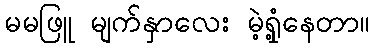
မမဖြူ မျက်နှာလေး မဲ့ရှုံ့နေတာ။